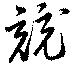
競